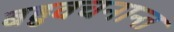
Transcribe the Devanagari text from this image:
बहुवचनान्त